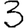
Digit: 3